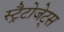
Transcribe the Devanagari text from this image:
स्ट्रैटोजेट्स